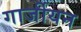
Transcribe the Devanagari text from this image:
गार्जीयन